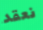
نعقد